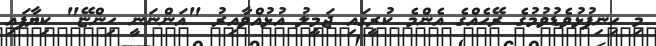
މި ހިނިފުޅުވެޑުވުމުގެ ރޭހެއްގެ އެންމެ ކުރީގައި ޖަމީލު އުޅުއްވާއިރު "އަންނަނީ ހިންޏޭ" ކިޔާފައި